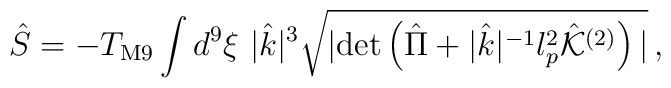
{\hat S} = - T_{\rm M9} \int d^9 \xi \,\, |{\hat k}|^3 \sqrt{|{\rm det} \left( {\hat \Pi}+ |{\hat k}|^{-1} l_p^2 {\hat {\cal K}}^{(2)} \right)|} \, ,\\